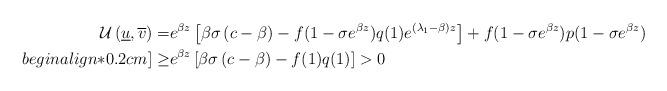
LaTeX: \begin{align*} \mathcal{U}\left(\underline{u},\overline{v}\right)=& e^{\beta z}\left[\beta\sigma\left(c-\beta\right)-f(1-\sigma e^{\beta z})q(1)e^{(\lambda_1-\beta)z}\right]+f(1-\sigma e^{\beta z})p(1-\sigma e^{\beta z})\\begin{align*}0.2cm] \geq& e^{\beta z}\left[\beta\sigma\left(c-\beta\right)-f(1)q(1)\right]>0\end{align*}